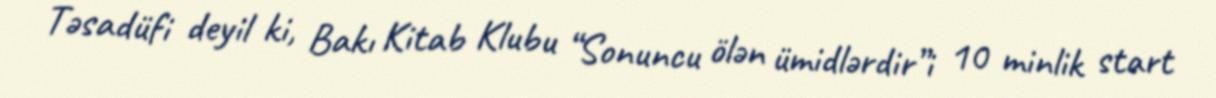
Təsadüfi deyil ki, Bakı Kitab Klubu “Sonuncu ölən ümidlərdir”i 10 minlik start